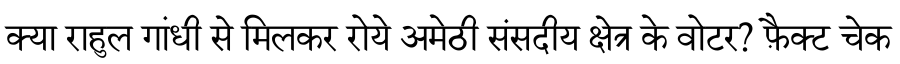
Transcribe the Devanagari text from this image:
क्या राहुल गांधी से मिलकर रोये अमेठी संसदीय क्षेत्र के वोटर? फ़ैक्ट चेक